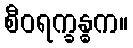
စီဝရက္ခန္ဓက။